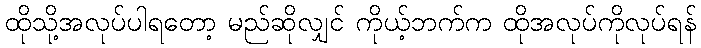
ထိုသို့အလုပ်ပါရတော့ မည်ဆိုလျှင် ကိုယ့်ဘက်က ထိုအလုပ်ကိုလုပ်ရန်